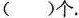
（ ）个。